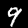
Label: 9